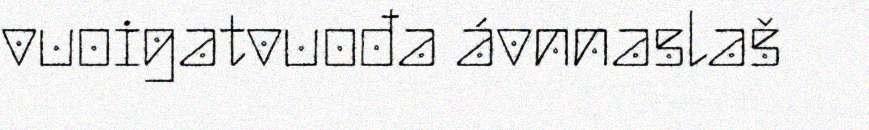
vuoigatvuođa ávnnaslaš